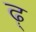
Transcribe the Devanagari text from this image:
ढ़्